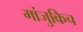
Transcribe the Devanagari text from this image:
मांजुकिच